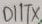
Text: D1/TX